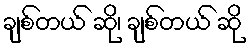
ချစ်တယ် ဆို၊ ချစ်တယ် ဆို